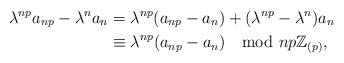
\begin{align*}\lambda^{np}a_{np}-\lambda^na_n&=\lambda^{np}(a_{np}-a_n)+(\lambda^{np}-\lambda^n)a_n\\&\equiv \lambda^{np}(a_{np}-a_n)\mod np\mathbb{Z}_{(p)},\end{align*}